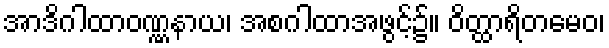
အာဒိဂါထာဝဏ္ဏနာယ၊ အစဂါထာအဖွင့်၌။ ဝိတ္ထာရိတမေဝ၊